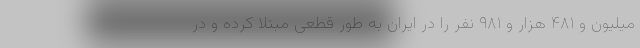
میلیون و ۴۸۱ هزار و ۹۸۱ نفر را در ایران به طور قطعی مبتلا کرده و در